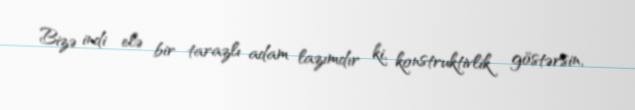
Bizə indi elə bir tarazlı adam lazımdır ki, konstruktivlik göstərsin,